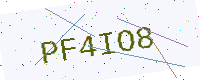
Text: PF4IO8